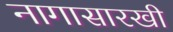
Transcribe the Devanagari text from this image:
नागासारखी